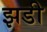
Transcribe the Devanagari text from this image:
झडी